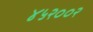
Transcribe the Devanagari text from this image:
४५२००२